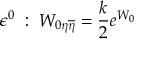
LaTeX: \epsilon ^ { 0 } \; : \; W _ { 0 \eta \overline { { { \eta } } } } = { \frac { k } { 2 } } e ^ { W _ { 0 } }